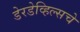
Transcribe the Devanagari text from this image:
डेरडेव्हिल्सचे